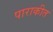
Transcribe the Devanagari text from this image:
पाराकीत